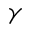
\gamma